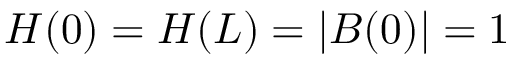
H ( 0 ) = H ( L ) = | B ( 0 ) | = 1